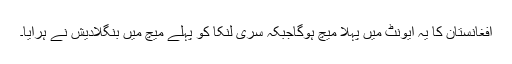
افغانستان کا یہ ایونٹ میں پہلا میچ ہوگاجبکہ سری لنکا کو پہلے میچ میں بنگلادیش نے ہرایا۔